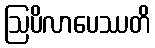
ဩပိလာပေဿတိ